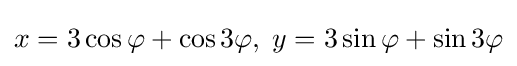
x=3\cos \varphi +\cos 3\varphi ,\;y=3\sin \varphi +\sin 3\varphi